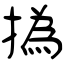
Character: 撝